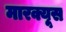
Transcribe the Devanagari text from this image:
मारक्यूस